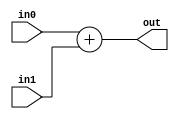
module coreir_add #(
    parameter width = 1
) (
    input [width-1:0] in0,
    input [width-1:0] in1,
    output [width-1:0] out
);
  assign out = in0 + in1;
endmodule

module corebit_const #(
    parameter value = 1
) (
    output out
);
  assign out = value;
endmodule

module Add8_cout (
    input [7:0] I0,
    input [7:0] I1,
    output [7:0] O,
    output COUT
);
wire bit_const_0_None_out;
wire [8:0] coreir_add9_inst0_out;
corebit_const #(
    .value(1'b0)
) bit_const_0_None (
    .out(bit_const_0_None_out)
);
wire [8:0] coreir_add9_inst0_in0;
assign coreir_add9_inst0_in0 = {bit_const_0_None_out,I0};
wire [8:0] coreir_add9_inst0_in1;
assign coreir_add9_inst0_in1 = {bit_const_0_None_out,I1};
coreir_add #(
    .width(9)
) coreir_add9_inst0 (
    .in0(coreir_add9_inst0_in0),
    .in1(coreir_add9_inst0_in1),
    .out(coreir_add9_inst0_out)
);
assign O = coreir_add9_inst0_out[7:0];
assign COUT = coreir_add9_inst0_out[8];
endmodule